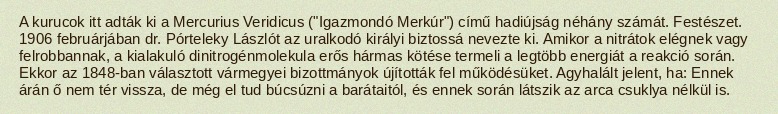
A kurucok itt adták ki a Mercurius Veridicus ("Igazmondó Merkúr") című hadiújság néhány számát. Festészet. 1906 februárjában dr. Pórteleky Lászlót az uralkodó királyi biztossá nevezte ki. Amikor a nitrátok elégnek vagy felrobbannak, a kialakuló dinitrogénmolekula erős hármas kötése termeli a legtöbb energiát a reakció során. Ekkor az 1848-ban választott vármegyei bizottmányok újították fel működésüket. Agyhalált jelent, ha: Ennek árán ő nem tér vissza, de még el tud búcsúzni a barátaitól, és ennek során látszik az arca csuklya nélkül is.